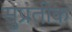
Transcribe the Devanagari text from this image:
सुप्रतीक